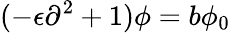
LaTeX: (-\epsilon\partial^{2}+1)\phi=b\phi_{0}